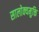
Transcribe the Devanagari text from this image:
सालोक्यमुक्ति